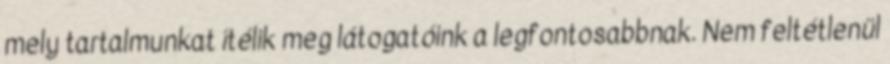
mely tartalmunkat ítélik meg látogatóink a legfontosabbnak. Nem feltétlenül